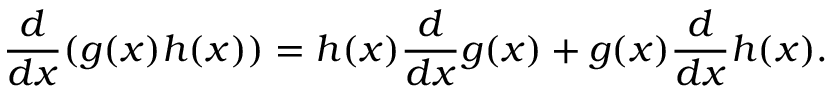
{ \frac { d } { d x } } ( g ( x ) h ( x ) ) = h ( x ) { \frac { d } { d x } } g ( x ) + g ( x ) { \frac { d } { d x } } h ( x ) .